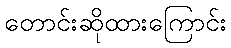
တောင်းဆိုထားကြောင်း